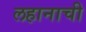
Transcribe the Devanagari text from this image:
लहानाची